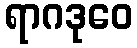
ရာဂဒုဝေ